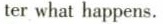
ter what happens.